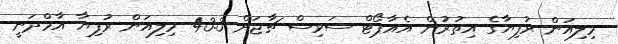
މިލިއަން ރުފިޔާގެ އިތުރުން އެއާޕޯޓް ސަވިސް ޗާޖަށް 43.3 މިލިއަން ރުފިޔާ އާމްދަނީ